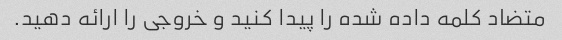
متضاد کلمه داده شده را پیدا کنید و خروجی را ارائه دهید.